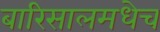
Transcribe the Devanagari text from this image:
बारिसालमधेच